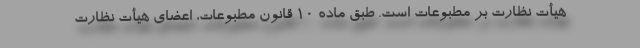
هیأت نظارت بر مطبوعات است. طبق ماده ۱۰ قانون مطبوعات، اعضای هیأت نظارت